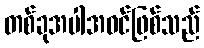
တစ်ခုအပါအဝင်ဖြစ်သည်